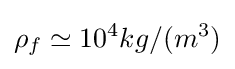
\rho _{f}\simeq 10^{4}kg/(m^{3})